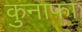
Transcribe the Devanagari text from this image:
कुनाफा